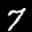
Label: 7